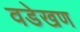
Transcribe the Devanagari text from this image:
वडेखण